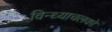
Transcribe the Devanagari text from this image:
विन्ध्याचलको